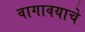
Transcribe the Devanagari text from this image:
वागावयाचे